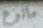
مانوع